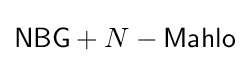
{\mathsf {NBG}}+N-{\mathsf {Mahlo}}